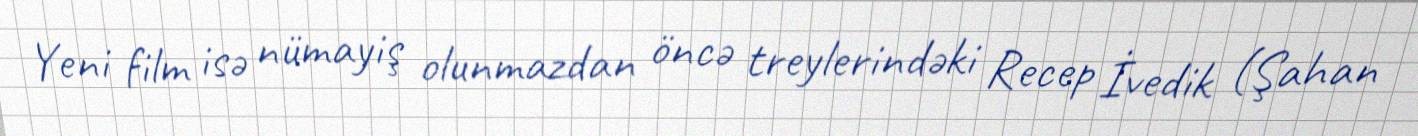
Yeni film isə nümayiş olunmazdan öncə treylerindəki Recep İvedik (Şahan